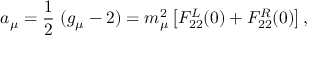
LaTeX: a _ { \mu } = { \frac { 1 } { 2 } } ~ ( g _ { \mu } - 2 ) = m _ { \mu } ^ { 2 } \left[ F _ { 2 2 } ^ { L } ( 0 ) + F _ { 2 2 } ^ { R } ( 0 ) \right] ,